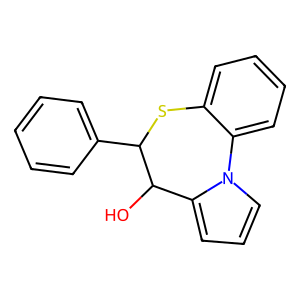
SMILES: OC1c2cccn2-c2ccccc2SC1c1ccccc1
Inhibits HIV replication: No